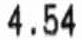
4.54